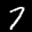
Label: 7